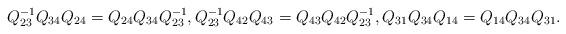
LaTeX: \begin{gather*}Q_{23}^{-1}Q_{34}Q_{24}=Q_{24}Q_{34}Q_{23}^{-1},Q_{23}^{-1}Q_{42}Q_{43}=Q_{43}Q_{42}Q_{23}^{-1},Q_{31}Q_{34}Q_{14}=Q_{14}Q_{34}Q_{31}.\end{gather*}